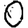
Digit: 0